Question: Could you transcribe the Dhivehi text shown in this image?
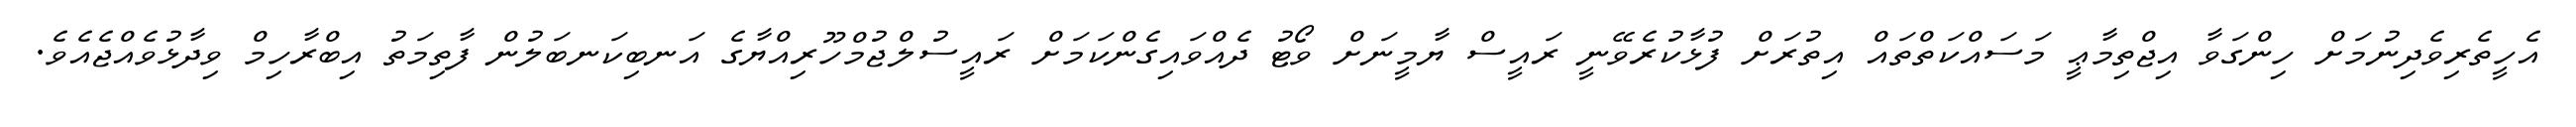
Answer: އެހީތެރިވެދިނުމަށް ހިންގަވާ އިޖްތިމާޢީ މަސައްކަތްތައް އިތުރަށް ފުޅާކުރެވޭނީ ރައީސް ޔާމީނަށް ވޯޓު ދެއްވައިގެންކަމަށް ރައީސުލްޖުމްހޫރިއްޔާގެ އަނބިކަނބަލުން ފާތިމަތު އިބްރާހިމް ވިދާޅުވެއްޖެއެވެ.